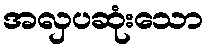
အလှပဆုံးသော